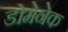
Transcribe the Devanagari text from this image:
डोमेनेक